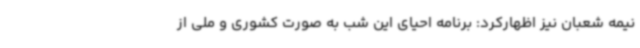
نیمه شعبان نیز اظهارکرد: برنامه احیای این شب به صورت کشوری و ملی از